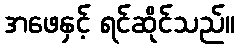
အဖေနှင့် ရင်ဆိုင်သည်။